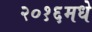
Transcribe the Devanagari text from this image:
२०१६मधे